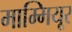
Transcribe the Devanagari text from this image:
माम्मियूर